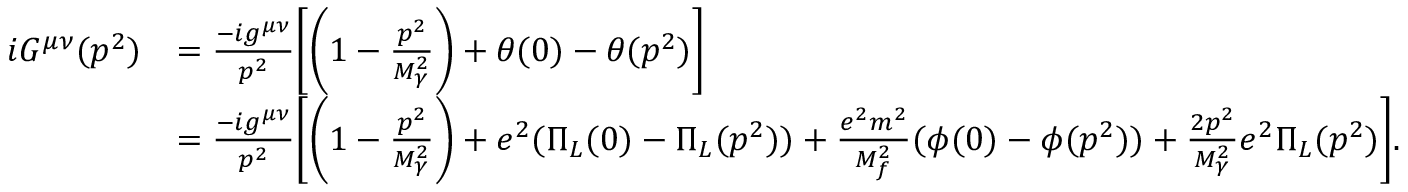
\begin{array} { r l } { i G ^ { \mu \nu } ( p ^ { 2 } ) } & { = \frac { - i g ^ { \mu \nu } } { p ^ { 2 } } \biggl [ \biggl ( 1 - \frac { p ^ { 2 } } { M _ { \gamma } ^ { 2 } } \biggr ) + \theta ( 0 ) - \theta ( p ^ { 2 } ) \biggr ] } \\ & { = \frac { - i g ^ { \mu \nu } } { p ^ { 2 } } \biggl [ \biggl ( 1 - \frac { p ^ { 2 } } { M _ { \gamma } ^ { 2 } } \biggr ) + e ^ { 2 } ( \Pi _ { L } ( 0 ) - \Pi _ { L } ( p ^ { 2 } ) ) + \frac { e ^ { 2 } m ^ { 2 } } { M _ { f } ^ { 2 } } ( \phi ( 0 ) - \phi ( p ^ { 2 } ) ) + \frac { 2 p ^ { 2 } } { M _ { \gamma } ^ { 2 } } e ^ { 2 } \Pi _ { L } ( p ^ { 2 } ) \biggr ] . } \end{array}